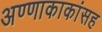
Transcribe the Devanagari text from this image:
अण्णाकाकांसह